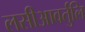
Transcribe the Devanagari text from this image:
लसीआवर्तुलि